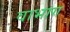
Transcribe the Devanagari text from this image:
वाभाग